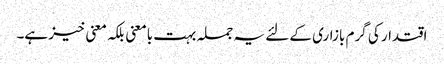
اقتدار کی گرم بازاری کے لئے یہ جملہ بہت بامعنی بلکہ معنی خیز ہے۔